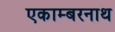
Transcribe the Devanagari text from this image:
एकाम्बरनाथ